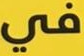
في